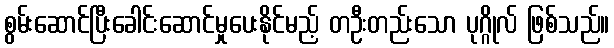
စွမ်းဆောင်ပြီးခေါင်းဆောင်မှုပေးနိုင်မည့် တဦးတည်းသော ပုဂ္ဂိုလ် ဖြစ်သည်။